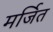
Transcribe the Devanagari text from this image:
मर्जित